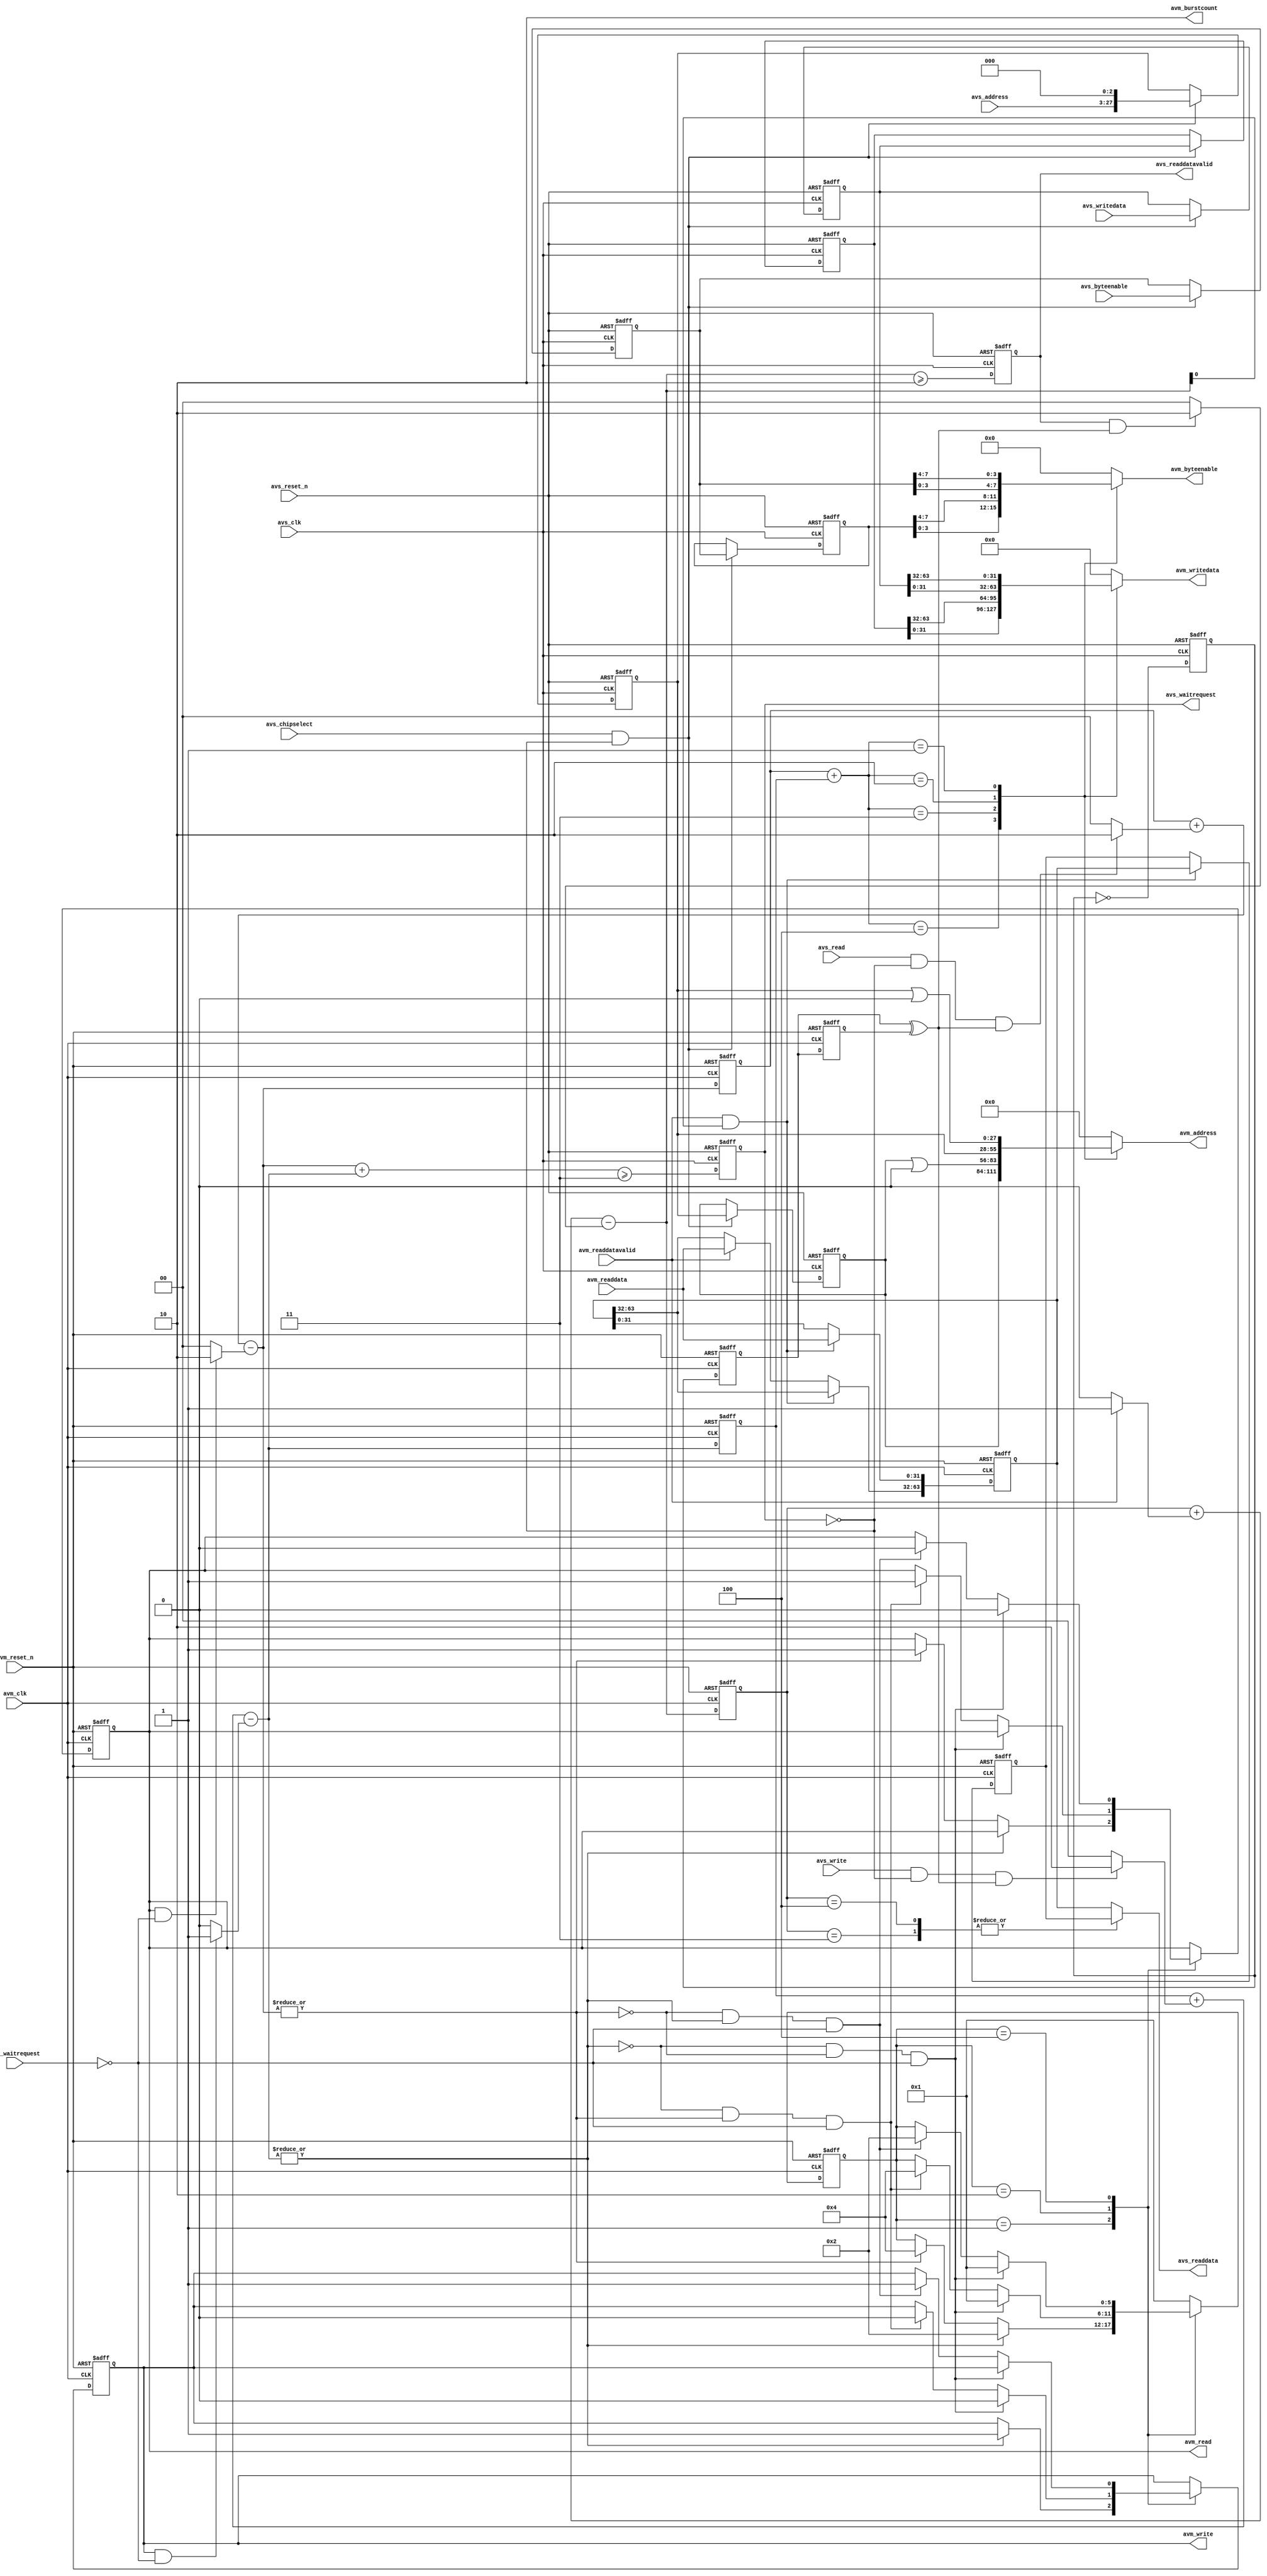
// (C) 2001-2011 Altera Corporation. All rights reserved.
// Your use of Altera Corporation's design tools, logic functions and other 
// software and tools, and its AMPP partner logic functions, and any output 
// files any of the foregoing (including device programming or simulation 
// files), and any associated documentation or information are expressly subject 
// to the terms and conditions of the Altera Program License Subscription 
// Agreement, Altera MegaCore Function License Agreement, or other applicable 
// license agreement, including, without limitation, that your use is for the 
// sole purpose of programming logic devices manufactured by Altera and sold by 
// Altera or its authorized distributors.  Please refer to the applicable 
// agreement for further details.




`timescale 1ns/1ns
module ddr2_v10_1_0002_altera_avalon_half_rate_bridge (
                  avs_reset_n,
                  avm_reset_n,

                  avs_clk,
                  avs_chipselect,
                  avs_address,
                  avs_write,
                  avs_read,
                  avs_byteenable,
                  avs_writedata,

                  avs_readdata,
                  avs_waitrequest,
                  avs_readdatavalid,

                  avm_clk,

                  avm_burstcount,
                  avm_address,
                  avm_write,
                  avm_read,
                  avm_byteenable,
                  avm_writedata,

                  avm_readdata,
                  avm_waitrequest,
                  avm_readdatavalid
                  );

  localparam ENABLE_BURSTING_MASTER = 1;
  parameter AVM_DATA_WIDTH = 32;
  parameter AVM_ADDR_WIDTH = 28;
  parameter AVM_BYTE_WIDTH =  4;
  parameter AVS_DATA_WIDTH = 64;
  parameter AVS_ADDR_WIDTH = 25;
  parameter AVS_BYTE_WIDTH =  8;
  parameter USE_BYTEENABLE = 1;


  function integer log2 (input integer size);
    begin
      for(log2 = 0; size > 0; log2 = log2 + 1)
        size = size >> 1;
      log2 = log2 - 1;
    end
  endfunction

  input                        avs_reset_n;            
  input                        avm_reset_n;

  input                        avs_clk;
  input                        avs_chipselect;
  input [AVS_ADDR_WIDTH-1:0]   avs_address;
  input                        avs_write;
  input                        avs_read;
  input [AVS_BYTE_WIDTH-1:0]   avs_byteenable;
  input [AVS_DATA_WIDTH-1:0]   avs_writedata;

  output [AVS_DATA_WIDTH-1:0]  avs_readdata;
  output                       avs_waitrequest;
  output                       avs_readdatavalid;

  input                        avm_clk;  
  input [AVM_DATA_WIDTH-1:0]   avm_readdata;
  input                        avm_waitrequest;
  input                        avm_readdatavalid;

  output [AVM_ADDR_WIDTH-1:0]  avm_address;
  output                       avm_write;
  output                       avm_read;
  output [AVM_BYTE_WIDTH-1:0]  avm_byteenable;
  output [AVM_DATA_WIDTH-1:0]  avm_writedata;
  output [1:0]                 avm_burstcount;

  reg                          avs_waitrequest;
  wire [2:0]                   avm_nxt_wr_txfers;
  wire [2:0]                   avm_nxt_rd_txfers;
  reg                          avm_read;
  reg                          avm_write;
  reg [AVM_ADDR_WIDTH-1:0]     avm_address;
  reg [AVM_BYTE_WIDTH-1:0]     avm_byteenable;
  reg [AVM_DATA_WIDTH-1:0]     avm_writedata;
  wire [1:0]                   avm_burstcount = 2'd2;
  wire [AVM_BYTE_WIDTH:0]      avm_addr_offset;

  generate
    if (ENABLE_BURSTING_MASTER)
      assign avm_addr_offset =  0;
    else
      assign avm_addr_offset =  (1'b1<<((log2(AVM_BYTE_WIDTH))));

  endgenerate
  wire [2:0] avm_nxt_txfers;

  always @(posedge avs_clk or negedge avs_reset_n)
    if (~avs_reset_n)
      avs_waitrequest <= 1'b1;
    else
      avs_waitrequest <= (avm_nxt_txfers >= 4'b011);

  reg avs_toggle;
  always @(posedge avs_clk or negedge avs_reset_n)
    if (~avs_reset_n)
      avs_toggle <= 1'b0;
    else
      avs_toggle <= ~avs_toggle;

  reg avm_toggle;
  reg avm_toggle_r;
  always @(posedge avm_clk or negedge avm_reset_n)
    if (~avm_reset_n)
    begin
      avm_toggle <= 1'b0;
      avm_toggle_r <= 1'b0;
    end
    else
    begin
      avm_toggle <= avs_toggle;
      avm_toggle_r <= avm_toggle;
    end

  wire avs_clk_ph = avm_toggle ^ avm_toggle_r;


  reg [AVS_DATA_WIDTH-1:0] avs_writedata_r;
  reg [AVS_BYTE_WIDTH-1:0] avs_byteenable_r;
  reg [AVM_ADDR_WIDTH-1:0] avs_addr_r;
  reg [AVS_DATA_WIDTH-1:0] avs_skid;
  reg [AVS_BYTE_WIDTH-1:0] avs_byte_skid;
  reg [AVM_ADDR_WIDTH-1:0] avs_addr_skid;
  always @(posedge avs_clk or negedge avs_reset_n)
    if (~avs_reset_n)
    begin
      avs_writedata_r <= {AVS_DATA_WIDTH{1'b0}};
      avs_byteenable_r <= {AVS_BYTE_WIDTH{1'b0}};
      avs_addr_r <= {AVM_ADDR_WIDTH{1'b0}};
      avs_skid <= {AVS_DATA_WIDTH{1'b0}};
      avs_byte_skid <= {AVS_BYTE_WIDTH{1'b0}};
      avs_addr_skid <= {AVM_ADDR_WIDTH{1'b0}};
    end
    else if (avs_chipselect & ~avs_waitrequest)
    begin
      avs_writedata_r <= avs_writedata;
      avs_byteenable_r <= avs_byteenable;
      avs_addr_r <= {avs_address, {log2(AVS_BYTE_WIDTH){1'b0}}};
      avs_skid <= avs_writedata_r;
      avs_byte_skid <= avs_byteenable_r;
      avs_addr_skid <= avs_addr_r;
    end

  reg [2:0] avm_wr_txfers;

  wire      wr_txfers_dec = avm_write & ~avm_waitrequest;

  wire      wr_txfers_inc2 = avs_write & ~avs_waitrequest & avs_clk_ph;

  assign avm_nxt_wr_txfers = avm_wr_txfers + (wr_txfers_inc2 ? 3'b010 : 3'b0)
                                           - (wr_txfers_dec ? 3'b001 : 3'b0);

  always @(posedge avm_clk or negedge avm_reset_n)
    if (~avm_reset_n)
      avm_wr_txfers <= 3'b0;
    else
      avm_wr_txfers <= avm_nxt_wr_txfers;

  reg avs_readdatavalid;
  reg [AVS_DATA_WIDTH-1:0] avs_readdata;

  reg [2:0] avm_rd_txfers;

  wire      rd_txfers_dec = avm_read & ~avm_waitrequest;

  wire      rd_txfers_inc2 = avs_read & ~avs_waitrequest & avs_clk_ph;

  generate
    if (ENABLE_BURSTING_MASTER)
      assign avm_nxt_rd_txfers = avm_rd_txfers + (rd_txfers_inc2 ? 3'b010 : 3'b0)
                                               - (rd_txfers_dec ? 3'b010 : 3'b0);
    else
      assign avm_nxt_rd_txfers = avm_rd_txfers + (rd_txfers_inc2 ? 3'b010 : 3'b0)
                                               - (rd_txfers_dec ? 3'b001 : 3'b0);
  endgenerate
  always @(posedge avm_clk or negedge avm_reset_n)
    if (~avm_reset_n)
      avm_rd_txfers <= 3'b0;
    else
      avm_rd_txfers <= avm_nxt_rd_txfers;

  reg [2:0] avm_rd_data_txfers;

  wire      rd_data_txfers_dec2 = avs_readdatavalid & avs_clk_ph;

  wire      rd_data_txfers_inc = avm_readdatavalid;

  wire [2:0] avm_nxt_rd_data_txfers = avm_rd_data_txfers + (rd_data_txfers_inc ? 3'b001 : 3'b0)
                                                         - (rd_data_txfers_dec2 ? 3'b010 : 3'b0);

  assign     avm_nxt_txfers = avm_nxt_rd_txfers + avm_nxt_wr_txfers;
  wire [2:0] avm_txfers = avm_rd_txfers + avm_wr_txfers;

  always @(posedge avm_clk or negedge avm_reset_n)
    if (~avm_reset_n)
      avm_rd_data_txfers <= 3'b0;
    else
      avm_rd_data_txfers <= avm_nxt_rd_data_txfers;

  always @(posedge avs_clk or negedge avs_reset_n)
    if (~avs_reset_n)
      avs_readdatavalid <= 1'b0;
    else
      avs_readdatavalid <= (avm_nxt_rd_data_txfers >= 3'b010);

  reg [AVS_DATA_WIDTH-1:0] avm_readdata_r;
  reg [AVS_DATA_WIDTH-1:0] avm_skid;
  always @(posedge avm_clk or negedge avm_reset_n)
    if (~avm_reset_n)
    begin
      avm_readdata_r <= {AVS_DATA_WIDTH{1'b0}};
      avm_skid <= {AVS_DATA_WIDTH{1'b0}};
    end
    else if (avm_readdatavalid & avm_nxt_rd_data_txfers[0])
    begin
      avm_readdata_r[AVM_DATA_WIDTH-1:0] <= avm_readdata;
      avm_skid <= avm_readdata_r;
    end
    else if (avm_readdatavalid)
    begin
      avm_readdata_r[AVS_DATA_WIDTH-1:AVM_DATA_WIDTH] <= avm_readdata;
    end

  always @(avm_readdata_r, avm_rd_data_txfers, avm_skid)
    case (avm_rd_data_txfers)
      3'd4, 3'd3:       avs_readdata = avm_skid;

      default:          avs_readdata = avm_readdata_r;
    endcase

  reg [5:0] avm_state;
  localparam AVM_IDLE   = 6'b000001,
             AVM_WRITE1 = 6'b000010,
             AVM_READ1  = 6'b000100;

  always @(posedge avm_clk or negedge avm_reset_n)
    if (~avm_reset_n)
    begin
      avm_write <= 1'b0;
      avm_read <= 1'b0;
      avm_state <= AVM_IDLE;
    end
    else
      case (avm_state)
        AVM_IDLE:
          if (|(avm_nxt_wr_txfers))
          begin
            avm_write <= 1'b1;
            avm_state <= AVM_WRITE1;
          end
          else if (|(avm_nxt_rd_txfers))
          begin
            avm_read <= 1'b1;
            avm_state <= AVM_READ1;
          end

        AVM_WRITE1:
          if (~(|avm_nxt_wr_txfers) & ~(|avm_nxt_rd_txfers) & ~avm_waitrequest)
          begin
            avm_write <= 1'b0;
            avm_state <= AVM_IDLE;
          end
          else if (~(|avm_nxt_wr_txfers) & (|avm_nxt_rd_txfers) & ~avm_waitrequest)
          begin
            avm_write <= 1'b0;
            avm_read <= 1'b1;
            avm_state <= AVM_READ1;
          end

        AVM_READ1:
          if (~(|avm_nxt_rd_txfers) & ~(|avm_nxt_wr_txfers) & ~avm_waitrequest)
          begin
            avm_read <= 1'b0;
            avm_state <= AVM_IDLE;
          end
          else if (~(|avm_nxt_rd_txfers) & (|avm_nxt_wr_txfers) & ~avm_waitrequest)
          begin
            avm_read <= 1'b0;
            avm_write <= 1'b1;
            avm_state <= AVM_WRITE1;
          end

        default:
          avm_state <= AVM_IDLE;

      endcase

  always @(avs_writedata_r, avs_skid, avm_txfers)
    case (avm_txfers)
      3'd4: avm_writedata <= avs_skid[AVM_DATA_WIDTH-1:0];

      3'd3: avm_writedata <= avs_skid[AVS_DATA_WIDTH-1:AVM_DATA_WIDTH];
      
      3'd2: avm_writedata <= avs_writedata_r[AVM_DATA_WIDTH-1:0];

      3'd1: avm_writedata <= avs_writedata_r[AVS_DATA_WIDTH-1:AVM_DATA_WIDTH];

      default: avm_writedata <= {AVM_DATA_WIDTH{1'b0}};
    endcase

	generate
		if (USE_BYTEENABLE == 1) begin
			always @(avm_state, avs_byteenable_r, avs_byte_skid, avm_txfers)
			  case (avm_txfers)
				3'd4: avm_byteenable <= avs_byte_skid[AVM_BYTE_WIDTH-1:0];
		  
				3'd3: avm_byteenable <= avs_byte_skid[AVS_BYTE_WIDTH-1:AVM_BYTE_WIDTH];
		  
				3'd2: avm_byteenable <= avs_byteenable_r[AVM_BYTE_WIDTH-1:0];
		  
				3'd1: avm_byteenable <= avs_byteenable_r[AVS_BYTE_WIDTH-1:AVM_BYTE_WIDTH];
		  
				default: avm_byteenable <= {AVM_BYTE_WIDTH{1'b0}};
			  endcase
		end
		else
			always @ (*)
				avm_byteenable <= {AVM_BYTE_WIDTH{1'b1}};
	endgenerate

  always @(avm_state, avs_addr_r, avs_addr_skid, avm_txfers)
    case (avm_txfers)
      3'd4: avm_address <= avs_addr_skid;

      3'd3: avm_address <= avs_addr_skid | avm_addr_offset;

      3'd2: avm_address <= avs_addr_r;

      3'd1: avm_address <= avs_addr_r | avm_addr_offset;

      default: avm_address <= {AVM_ADDR_WIDTH{1'b0}};
    endcase

endmodule